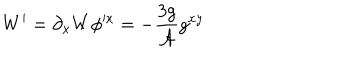
W ^ { \prime } = \partial _ { x } W \phi ^ { \prime x } = - \frac { 3 g } { \mathcal { A } } g ^ { x y }